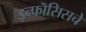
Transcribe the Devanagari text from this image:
इन्फॊसिसचे